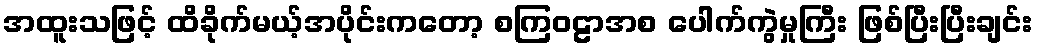
အထူးသဖြင့် ထိခိုက်မယ့်အပိုင်းကတော့ စကြဝဠာအစ ပေါက်ကွဲမှုကြီး ဖြစ်ပြီးပြီးချင်း